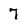
Character: 7